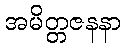
အမိတ္တဇနနာ